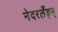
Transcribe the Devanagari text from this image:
नेदरलँड्स्